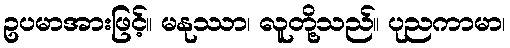
ဥပမာအားဖြင့်။ မနုဿာ၊ လူတို့သည်။ ပုညကာမာ၊